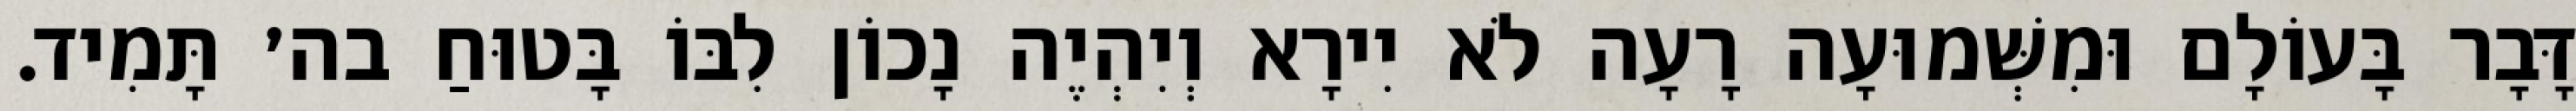
דָּבָר בָּעוֹלָם וּמִשְּׁמוּעָה רָעָה לֹא יִירָא וְיִהְיֶה נָכוֹן לִבּוֹ בָּטוּחַ בה׳ תָּמִיד.